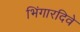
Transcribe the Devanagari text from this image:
भिंगारदिवे